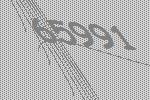
65991